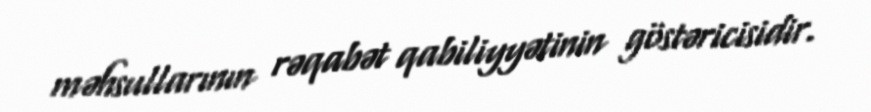
məhsullarının rəqabət qabiliyyətinin göstəricisidir.